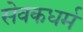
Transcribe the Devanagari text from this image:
सेवकधर्म